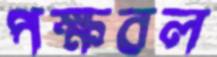
পক্ষবল